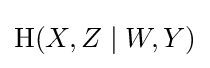
\mathrm {H} (X,Z\mid W,Y)